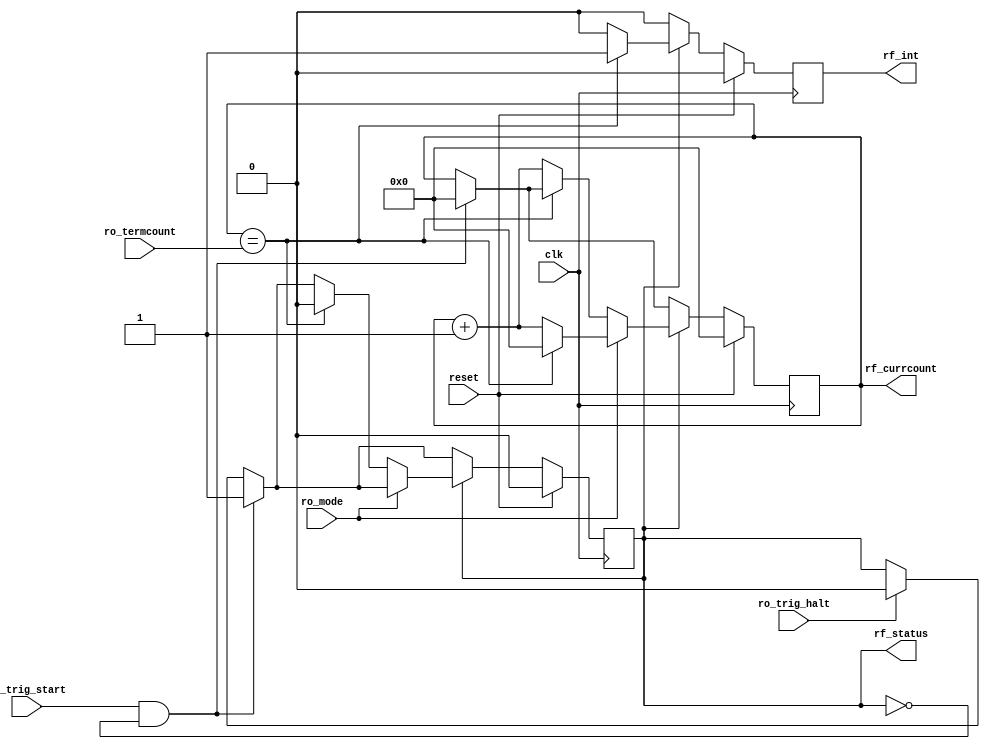
`timescale 1ns / 1ps
//////////////////////////////////////////////////////////////////////////////////
// The College of New Jersey
//
// Module Name: timing
// Project Name: RISC-V ASIC Microcontroller
// Target Devices: Artix-7 Nexys 4
//////////////////////////////////////////////////////////////////////////////////
 
 
module timing(clk, reset, ro_trig_start, ro_trig_halt, ro_mode, ro_termcount, rf_status, rf_currcount, rf_int);

    input clk;      //Master Clock
    input reset;    //Reset
    
    input ro_trig_start;
    input ro_trig_halt;
    input ro_mode;
    input [31:0] ro_termcount;
    
    output reg rf_status;
    output reg [31:0] rf_currcount = 0;
    output reg rf_int;

    always @(posedge clk)
    begin          
        //Reset Triggers
        if (reset)
            begin
                rf_status <= 0;
                rf_currcount <= 0;
                rf_int <= 0;
            end
        else begin
	    	if (rf_int)
            	rf_int <= 1'b0;

            if (ro_trig_start && !rf_status)  //On Trigger Start
                begin
                    rf_status <= 1'b1;
                    rf_currcount <= 0;
                end
            else if (ro_trig_halt) begin //On Trigger Halt
                rf_status <= 0;
            end
            
	        if (rf_status)	//If Status is Running
	        begin
	            if (ro_mode) //If Continuous
	            begin 
	                if (rf_currcount == ro_termcount)
	                begin
	                    rf_int <= 1'b1;
	                    rf_currcount <= 1'b0;
	                end else
	                rf_currcount <= rf_currcount + 1'b1;
	            end else //One Shot
	            begin
	                if (rf_currcount == ro_termcount)
	                begin
	                    rf_int <= 1'b1;
	                    rf_status <= 0;
	                end else
	                rf_currcount <= rf_currcount + 1'b1;
	        	end 
	    	end
    	end
    end
endmodule